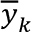
\overline { { y } } _ { k }